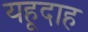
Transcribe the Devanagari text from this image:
यहूदाह